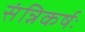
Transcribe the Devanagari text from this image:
संन्निकर्षः